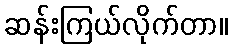
ဆန်းကြယ်လိုက်တာ။